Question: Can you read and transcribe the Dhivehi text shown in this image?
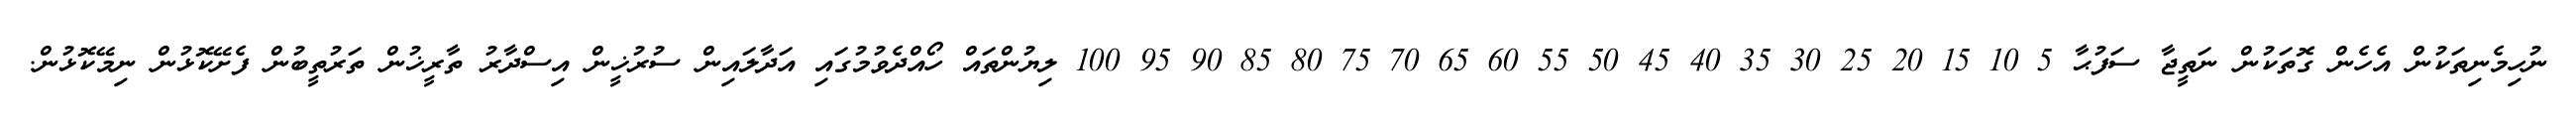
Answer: ނުހިމެނިތަކުން އެހެން ގޮތަކުން ނަތީޖާ ސަފުޙާ 5 10 15 20 25 30 35 40 45 50 55 60 65 70 75 80 85 90 95 100 ލިޔުންތައް ހޯއްދެވުމުގައި އަދާލައިން ސުރުޚީން އިސްދާރު ތާރީޚުން ތަރުތީބުން ފެށޭކޮޅުން ނިމޭކޮޅުން.